Leaving Certificate, 1896
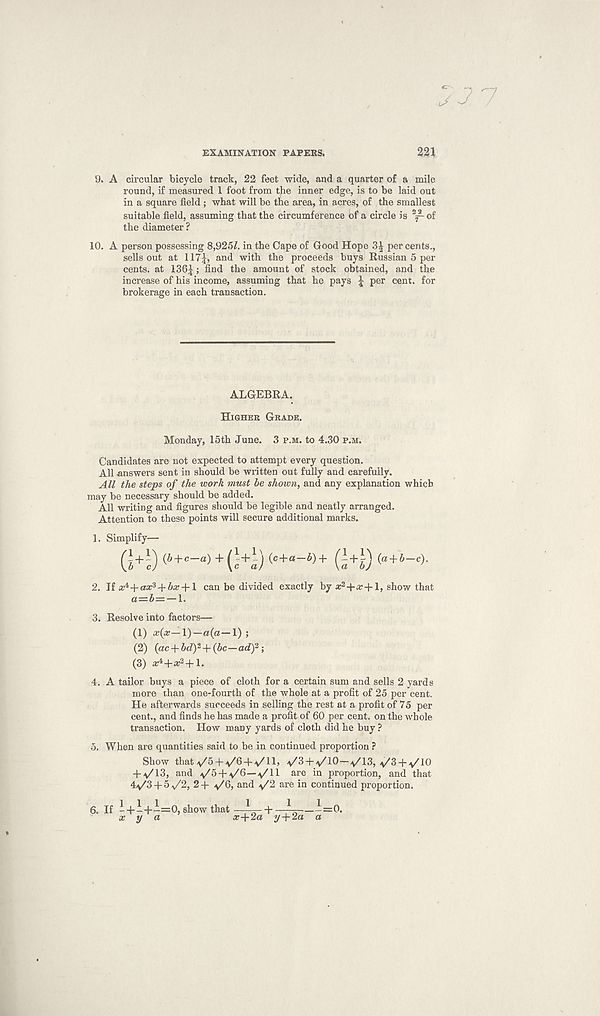
c/
EXAMINATION PAPERS.
221
9. A circular bicycle track, 22 feet wide, and a quarter of a mile
round, if measured 1 foot from the inner edge, is to be laid out
in a square field ; what will be the area, in acres, of the smallest
suitable field, assuming that the circumference of a circle is 2^- of
the diameter ?
10. A person possessing 8,925/. in the Cape of Good Hope 3| per cents.,
sells out at 117|, and with the proceeds buys Russian 5 per
cents, at 1361 >
t^ie araount °f stock obtained, and the
increase of his income, assuming that he pays J per cent, for
brokerage in each transaction.
ALGEBRA.
Higher Grade.
Monday, 15th June. 3 p.m. to 4.30 p.m.
Candidates are not expected to attempt every question.
All answers sent in should be written out fully and carefully.
All the steps of the work must be shown, and any explanation which
may be necessary should be added.
All writing and figures should be legible and neatly arranged.
Attention to these points will secure additional marks.
1. Simplify—
G + s) ( 4 +«-“)+(H) ( c+ “- 4 )+ (a+D
2. ~il st^+ax^-^bx + l can be divided exactly by a; 2 +a: +1, show that
3. Resolve into factors—
(1) x(x—\)—a{a—\) ;
(2) (ac + bdy + (bc—ad) 2 ;
(3) ^+*2+!.
4. A tailor buys a piece of cloth for a certain sum and sells 2 yards
more than one-fourth of the whole at a profit of 25 per cent.
He afterwards succeeds in selling the rest at a profit of 75 per
cent., and finds he has made a profit of 60 per cent, on the whole
transaction. How many yards of cloth did he buy ?
5. When are quantities said to be in continued proportion ?
Show that^/S + v/S + v/ll, v'S + v/lO—y'IS, y'S + v'lO
+ -V/13, and + a/6—a/II are in proportion, and that
4^3 + 5 f‘2, 2 + a/G, and are in continued proportion.
6. If -+--f—=0, show that
x y a